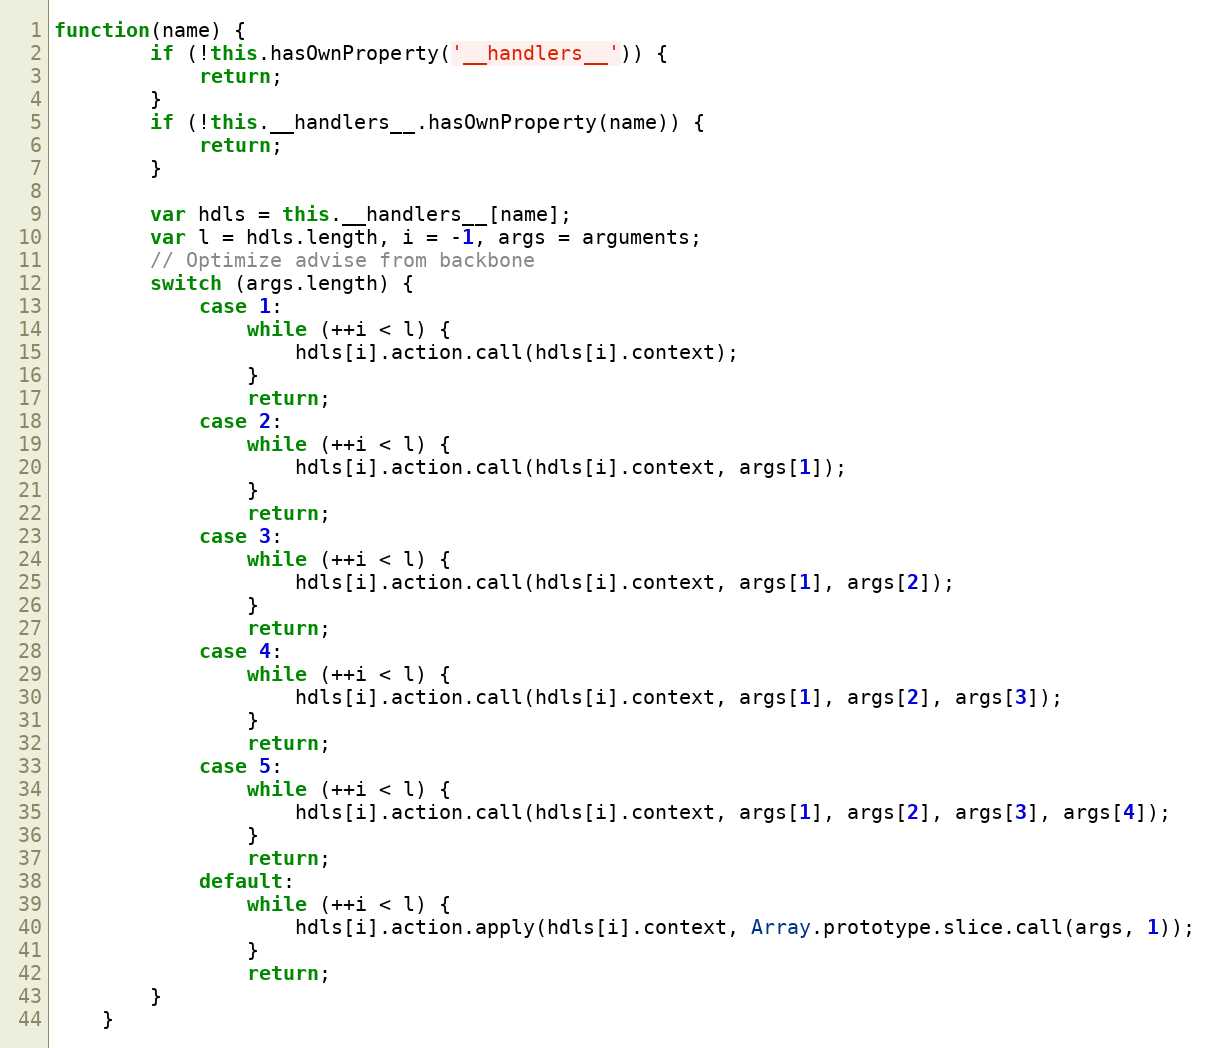
Language: JavaScript
function(name) {
        if (!this.hasOwnProperty('__handlers__')) {
            return;
        }
        if (!this.__handlers__.hasOwnProperty(name)) {
            return;
        }

        var hdls = this.__handlers__[name];
        var l = hdls.length, i = -1, args = arguments;
        // Optimize advise from backbone
        switch (args.length) {
            case 1:
                while (++i < l) {
                    hdls[i].action.call(hdls[i].context);
                }
                return;
            case 2:
                while (++i < l) {
                    hdls[i].action.call(hdls[i].context, args[1]);
                }
                return;
            case 3:
                while (++i < l) {
                    hdls[i].action.call(hdls[i].context, args[1], args[2]);
                }
                return;
            case 4:
                while (++i < l) {
                    hdls[i].action.call(hdls[i].context, args[1], args[2], args[3]);
                }
                return;
            case 5:
                while (++i < l) {
                    hdls[i].action.call(hdls[i].context, args[1], args[2], args[3], args[4]);
                }
                return;
            default:
                while (++i < l) {
                    hdls[i].action.apply(hdls[i].context, Array.prototype.slice.call(args, 1));
                }
                return;
        }
    }